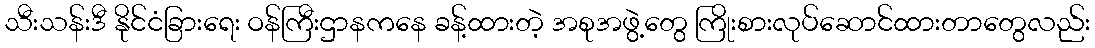
သီးသန်းဒီ နိုင်ငံခြားရေး ဝန်ကြီးဌာနကနေ ခန့်ထားတဲ့ အစုအဖွဲ့တွေ ကြိုးစားလုပ်ဆောင်ထားတာတွေလည်း